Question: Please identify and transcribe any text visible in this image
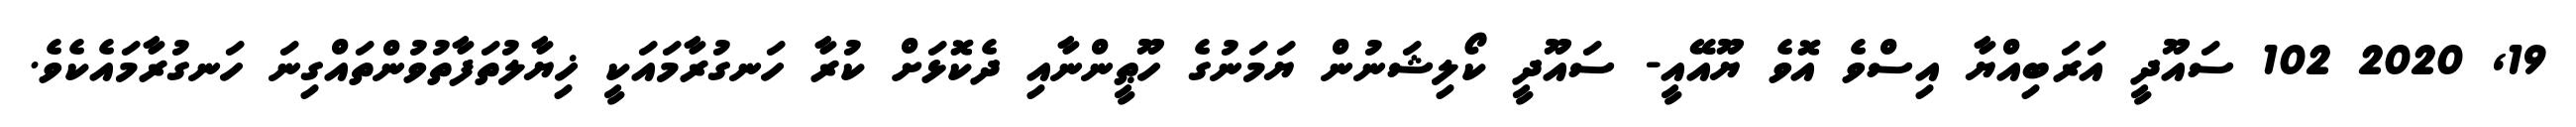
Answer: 19, 2020 102 ސައޫދީ އަރަބިއްޔާ އިސްވެ އޮވެ ޔޫއޭއީ- ސައޫދީ ކޯލިޝަނުން ޔަމަނުގެ ހޫޠީންނާއި ދެކޮޅަށް ކުރާ ހަނގުރާމައަކީ ޚިޔާލުތަފާތުވުންތައްގިނަ ހަނގުރާމައެކެވެ.